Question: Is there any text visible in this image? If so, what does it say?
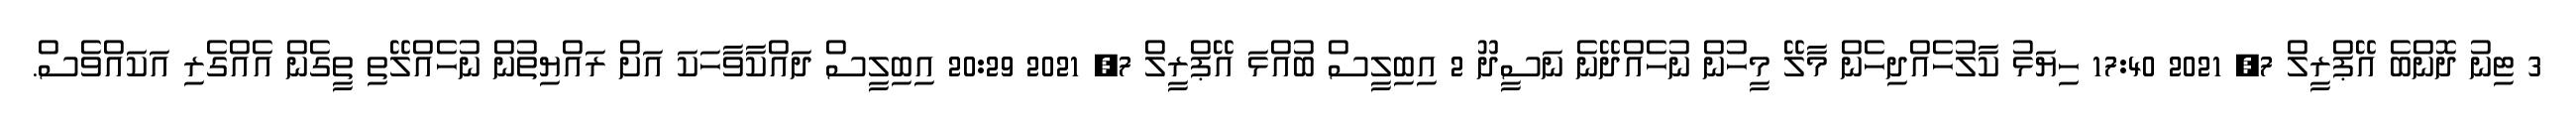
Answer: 3 ޓިނު ދޮންބެ އޭޕްރީލް 7, 2021 17:40 ހިޔަޅު ކާލުހެއްދިހެން މާލޭ މީހުން ނުހެއްދޭނެ ނަސީދޫ 2 އިބިލީސް ބުއްޅަ އޭޕްރީލް 7, 2021 20:29 އިބިލީސް ދައްކާވާހަކަ އަށް ރައްޔިތުން ނުހެއްލޭތި ތީގެން އެއްގެރި އަކައްވެސް.